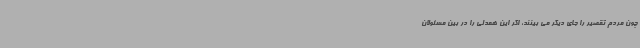
چون مردم تقصیر را جای دیگر می بینند، اگر این همدلی را در بین مسئولان